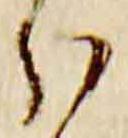
分